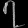
Digit: ၇